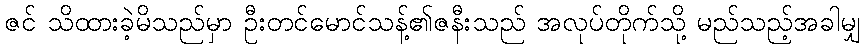
ဇင် သိထားခဲ့မိသည်မှာ ဦးတင်မောင်သန့်၏ဇနီးသည် အလုပ်တိုက်သို့ မည်သည့်အခါမျှ